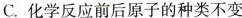
C.化学反应前后原子的种类不变 D.保持水的化学性质的粒子是氢原子和氧原子